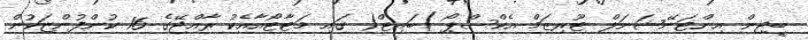
ބީޖިން އިންޓަނޭޝަނަލް ޓޫރިޒަމް އެކްސްޕޯ )ބައިޓް( ގައި މަޓާޓޯއާއެކު ރާއްޖޭގެ 16 ކުންފުންޏަކުން